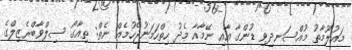
މައުލޫމާތު މުއްސަނދިވި ޑުންގާ އާއި ނޭމާއާ މެދު ހިތްހަމަނުޖެހުމެއް ނެތް: ތިއާގޯ ސިލްވާބްރެޒިލްގެ